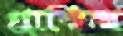
গ্র্রাফিক্স